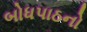
બોધપાઠનો